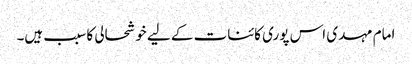
امام مہدی اس پوری کائنات کے لیے خوشحالی کا سبب ہیں۔